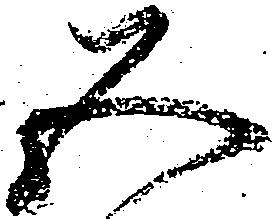
五